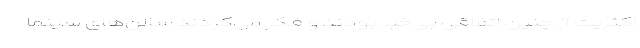
اکثریت از چنین اتفاقی بی‌خبر بودند و فکر می‌کردند سالن‌های سینما